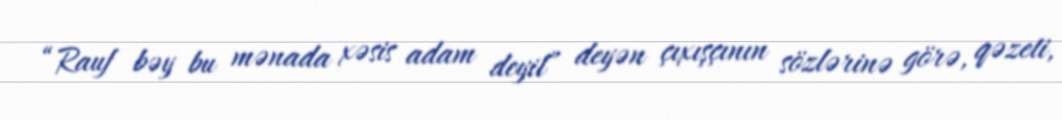
“Rauf bəy bu mənada xəsis adam deyil” deyən çıxışçının sözlərinə görə, qəzeti,